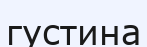
густина